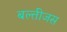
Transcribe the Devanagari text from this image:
बल्तीजस